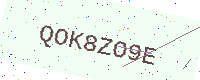
Text: QOK8ZO9E